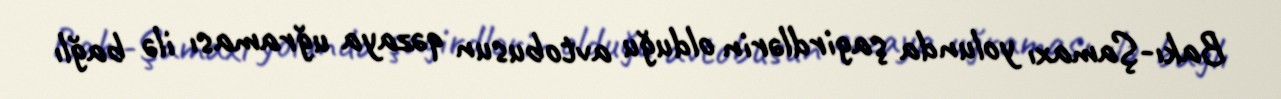
Bakı-Şamaxı yolunda şagirdlərin olduğu avtobusun qəzaya uğraması ilə bağlı